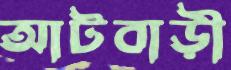
আটবাড়ী